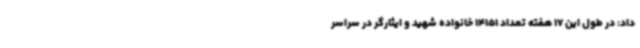
داد: در طول این 17 هفته تعداد 14151 خانواده شهید و ایثارگر در سراسر